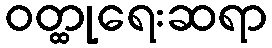
ဝတ္ထုရေးဆရာ